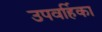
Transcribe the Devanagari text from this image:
उपवर्हिका